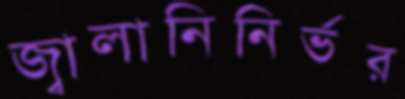
জ্বালানিনির্ভর